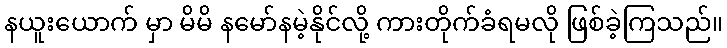
နယူးယောက် မှာ မိမိ နမော်နမဲ့နိုင်လို့ ကားတိုက်ခံရမလို ဖြစ်ခဲ့ကြသည်။